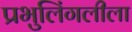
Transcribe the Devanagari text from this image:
प्रभुलिंगलीला